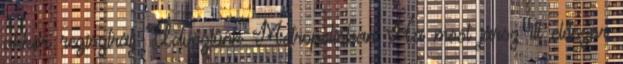
akkor regisztrálj Üdvözlünk Metropolisban Ha most jársz itt először